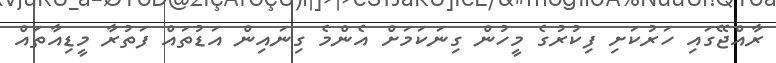
ރާއްޖޭގައި ހަރުކަށި ފިކުރުގެ މީހުން ގިނަކަމަށް އެންމެ ގިނައިން އަޑުތައް ފަތުރާ މީޑިއާތައް